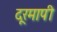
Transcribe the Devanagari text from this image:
दूरमापी